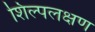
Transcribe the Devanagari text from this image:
शिल्पलक्षण